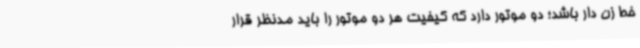
خط زن دار باشد؛ دو موتور دارد که کیفیت هر دو موتور را باید مدنظر قرار